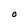
Character: O